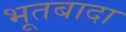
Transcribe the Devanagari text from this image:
भूतबादा